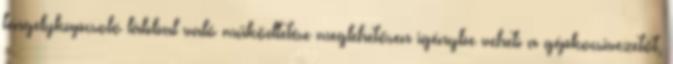
tengelykapcsoló lábbal való működtetése meglehetősen igénybe veheti a gépkocsivezetőt,